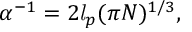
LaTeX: \alpha ^ { - 1 } = 2 \mathit { l } _ { p } ( \pi N ) ^ { 1 / 3 } ,